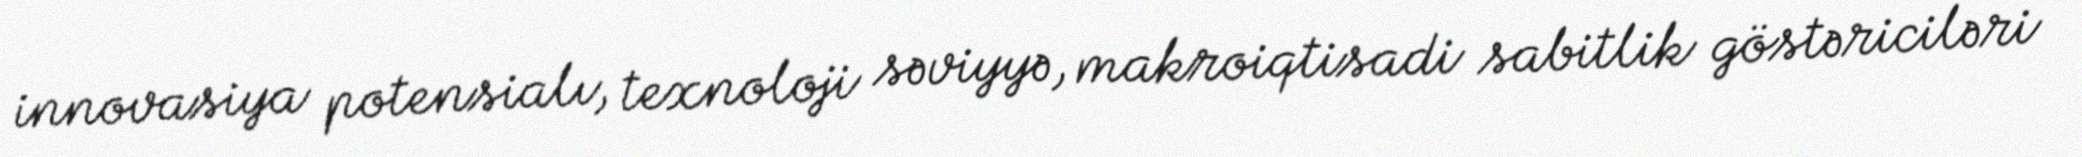
innovasiya potensialı, texnoloji səviyyə, makroiqtisadi sabitlik göstəriciləri